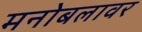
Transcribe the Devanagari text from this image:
मनोबलावर